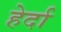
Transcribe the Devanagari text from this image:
हेर्दा